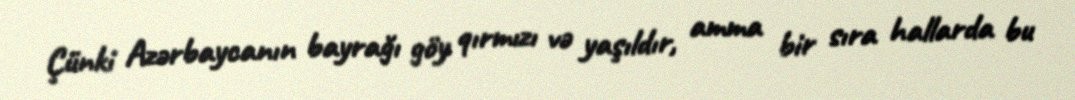
Çünki Azərbaycanın bayrağı göy qırmızı və yaşıldır, amma bir sıra hallarda bu